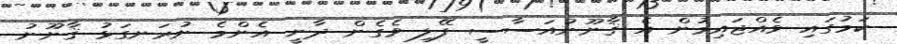
ކަމުގައި ވެއްޖައިމުން އެ ޤާނޫނުއަސާސީ ފޭލި ވެގެން ދާނީ އެންމެ ނުރަނގަޅު ޤާނޫނު